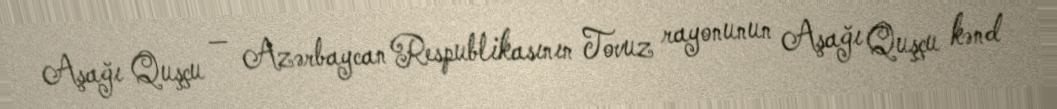
Aşağı Quşçu — Azərbaycan Respublikasının Tovuz rayonunun Aşağı Quşçu kənd